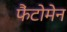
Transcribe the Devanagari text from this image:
फैंटोमेन